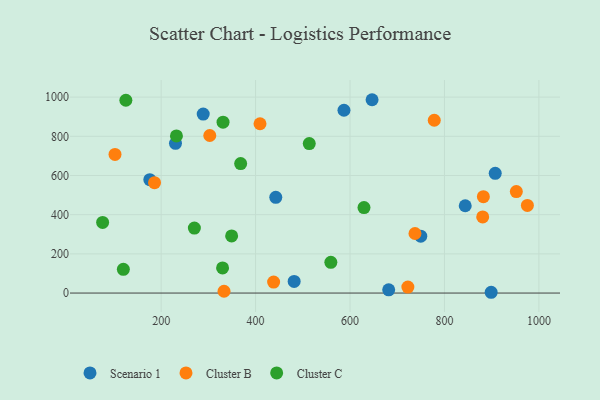
{"axis": {"x": "Study Hours", "y": "Yield"}, "legend": ["Cluster B", "Cluster C", "Scenario 1"], "data": [{"x": "749.8", "y": 290.2, "type": "Scenario 1"}, {"x": "844.0", "y": 445.6, "type": "Scenario 1"}, {"x": "442.8", "y": 488.6, "type": "Scenario 1"}, {"x": "587.2", "y": 932.9, "type": "Scenario 1"}, {"x": "681.9", "y": 16.7, "type": "Scenario 1"}, {"x": "646.7", "y": 986.7, "type": "Scenario 1"}, {"x": "898.9", "y": 4.0, "type": "Scenario 1"}, {"x": "481.7", "y": 59.4, "type": "Scenario 1"}, {"x": "230.4", "y": 764.4, "type": "Scenario 1"}, {"x": "176.0", "y": 578.8, "type": "Scenario 1"}, {"x": "289.1", "y": 913.6, "type": "Scenario 1"}, {"x": "907.5", "y": 611.3, "type": "Scenario 1"}, {"x": "881.0", "y": 388.4, "type": "Cluster B"}, {"x": "882.4", "y": 491.8, "type": "Cluster B"}, {"x": "975.6", "y": 447.2, "type": "Cluster B"}, {"x": "303.0", "y": 804.1, "type": "Cluster B"}, {"x": "438.2", "y": 55.9, "type": "Cluster B"}, {"x": "409.4", "y": 864.0, "type": "Cluster B"}, {"x": "737.6", "y": 303.9, "type": "Cluster B"}, {"x": "333.2", "y": 9.3, "type": "Cluster B"}, {"x": "186.0", "y": 563.3, "type": "Cluster B"}, {"x": "722.5", "y": 30.3, "type": "Cluster B"}, {"x": "778.4", "y": 882.0, "type": "Cluster B"}, {"x": "102.3", "y": 707.7, "type": "Cluster B"}, {"x": "952.2", "y": 518.0, "type": "Cluster B"}, {"x": "513.7", "y": 762.8, "type": "Cluster C"}, {"x": "330.1", "y": 128.1, "type": "Cluster C"}, {"x": "232.4", "y": 801.8, "type": "Cluster C"}, {"x": "349.3", "y": 291.7, "type": "Cluster C"}, {"x": "368.4", "y": 661.0, "type": "Cluster C"}, {"x": "629.6", "y": 436.2, "type": "Cluster C"}, {"x": "76.1", "y": 360.6, "type": "Cluster C"}, {"x": "270.4", "y": 331.4, "type": "Cluster C"}, {"x": "125.3", "y": 984.0, "type": "Cluster C"}, {"x": "559.4", "y": 156.8, "type": "Cluster C"}, {"x": "331.1", "y": 871.9, "type": "Cluster C"}, {"x": "120.0", "y": 120.9, "type": "Cluster C"}]}